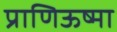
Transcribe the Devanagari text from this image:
प्राणिऊष्मा